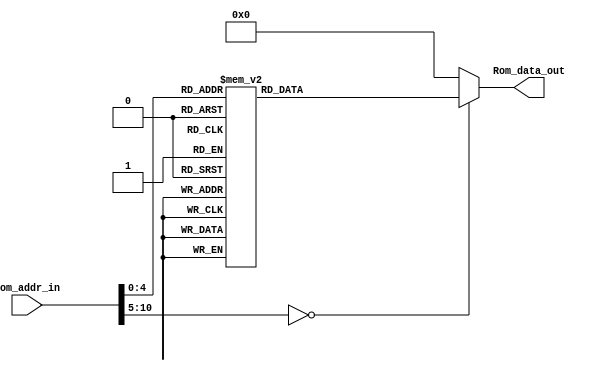
module Program_Rom(Rom_data_out, Rom_addr_in);

//---------
    output [13:0] Rom_data_out;
    input [10:0] Rom_addr_in; 
//---------
    
    reg   [13:0] data;
    wire  [13:0] Rom_data_out;
    
    always @(Rom_addr_in)
        begin
            case (Rom_addr_in)
                10'h0 : data = 14'h01A5;
                10'h1 : data = 14'h0103;
                10'h2 : data = 14'h3001;
                10'h3 : data = 14'h00A5;
                10'h4 : data = 14'h008D;
                10'h5 : data = 14'h35A5;
                10'h6 : data = 14'h0825;
                10'h7 : data = 14'h008D;
                10'h8 : data = 14'h1FA5;
                10'h9 : data = 14'h2805;
                10'ha : data = 14'h36A5;
                10'hb : data = 14'h0825;
                10'hc : data = 14'h008D;
                10'hd : data = 14'h1C25;
                10'he : data = 14'h280A;
                10'hf : data = 14'h2805;
                10'h10 : data = 14'h3400;
                10'h11 : data = 14'h3400;
                default: data = 14'h0;   
            endcase
        end

     assign Rom_data_out = data;

endmodule